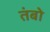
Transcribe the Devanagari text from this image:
तंबो